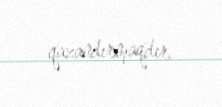
qazandırmaqdır.